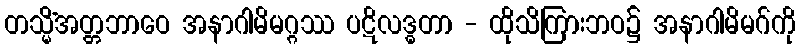
တသ္မိံအတ္တဘာဝေ အနာဂါမိမဂ္ဂဿ ပဋိလဒ္ဓတာ - ထိုသိကြားဘဝ၌ အနာဂါမိမဂ်ကို